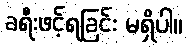
ခရီးဖင့်ရခြင်း မရှိပါ။